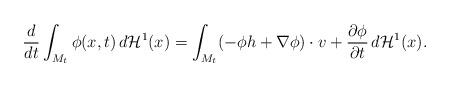
LaTeX: \begin{align*}\frac{d}{dt}\int_{M_t}\phi(x,t)\, d\mathcal H^1(x) = \int_{M_t} (-\phi h+\nabla\phi)\cdot v+\frac{\partial \phi}{\partial t}\, d\mathcal H^1(x). \end{align*}